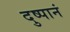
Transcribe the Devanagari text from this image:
दुष्पानं